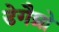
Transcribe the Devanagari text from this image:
डेगैम्रो